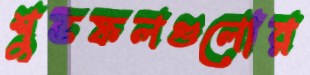
শুভফলগুলোর